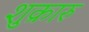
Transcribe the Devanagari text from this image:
शुक्रारु